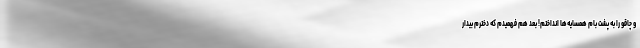
و چاقو را به پشت بام همسایه‌ها انداختم! بعد هم فهمیدم که دخترم بیدار